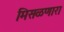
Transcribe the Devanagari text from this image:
मिसळणारा